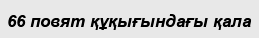
66 повят құқығындағы қала